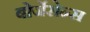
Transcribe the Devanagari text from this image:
बोर्जेसेन्स